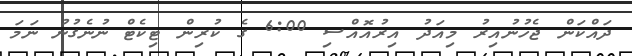
ދައްކަން ޖެހުނުއިރު މިއަދު އިރުއޮއްސި 6:00 ގެ ކުރިން ޓިކެޓް ނުނެގުނު ނަމަ